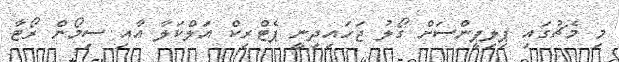
މި މެޗުގައި ޕިލިޕީންސަށް ގޯލު ޖަހައިދިނީ ޕެޓްރިކް އަލްކަލާ އާއި ސިމޯން ރޯޓާ